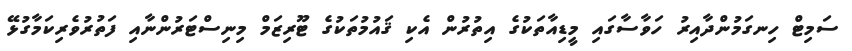
ސަމިޓް ހިނގަމުންދާއިރު ހަވާސާގައި މީޑިއާތަކުގެ އިތުރުން އެކި ޤައުމުތަކުގެ ޓޫރިޒަމް މިނިސްޓަރުންނާއި ފަތުރުވެރިކަމާގުޅޭ